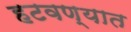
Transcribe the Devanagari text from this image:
हटवण्यात